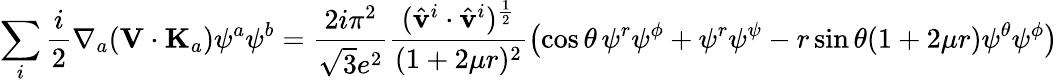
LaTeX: \sum_{i}\frac{i}{2}\nabla_{a}({\mathbf V}\cdot{\mathbf K}_{a})\psi^{a}\psi^{b}=\frac{2i\pi^{2}}{\sqrt{3}e^{2}}\frac{(\hat{\mathbf v}^{i}\cdot\hat{\mathbf v}^{i})^{\frac{1}{2}}}{(1+2\mu r)^{2}}\left(\cos\theta\, \psi^{r}\psi^{\phi}+\psi^{r}\psi^{\psi}-r\sin\theta(1+2\mu r)\psi^{\theta}\psi^{\phi}\right)